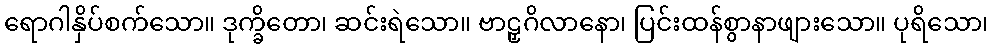
ရောဂါနှိပ်စက်သော။ ဒုက္ခိတော၊ ဆင်းရဲသော။ ဗာဠှဂိလာနော၊ ပြင်းထန်စွာနာဖျားသော။ ပုရိသော၊